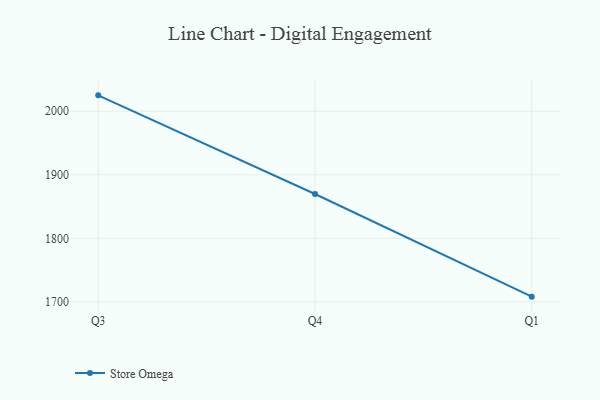
{"axis": {"x": "Quarter", "y": "Energy Usage (MWh)"}, "legend": ["Store Omega"], "data": [{"x": "Q3", "y": 2025.0, "type": "Store Omega"}, {"x": "Q4", "y": 1869.8, "type": "Store Omega"}, {"x": "Q1", "y": 1708.2, "type": "Store Omega"}]}